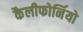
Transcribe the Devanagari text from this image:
कैलीफोर्नियो